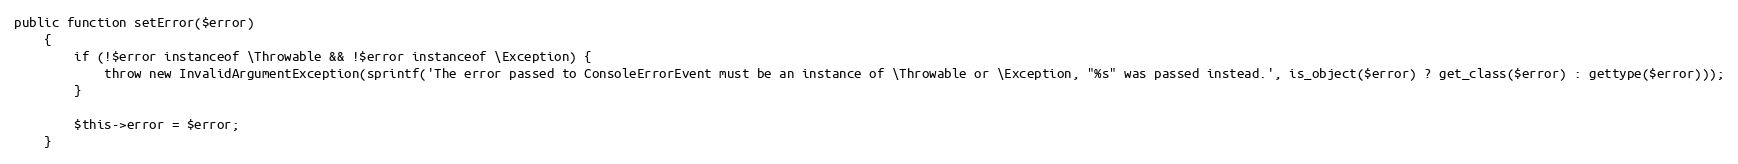
Language: PHP
public function setError($error)
    {
        if (!$error instanceof \Throwable && !$error instanceof \Exception) {
            throw new InvalidArgumentException(sprintf('The error passed to ConsoleErrorEvent must be an instance of \Throwable or \Exception, "%s" was passed instead.', is_object($error) ? get_class($error) : gettype($error)));
        }

        $this->error = $error;
    }